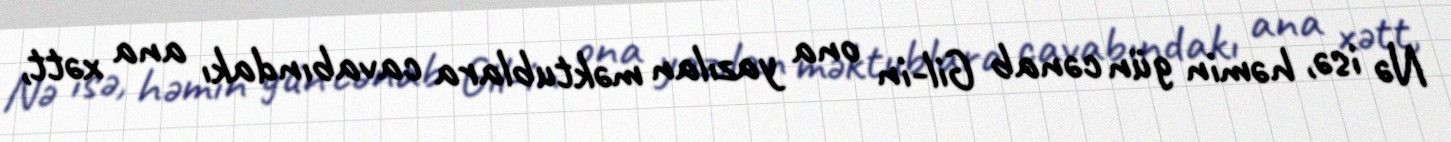
Nə isə, həmin gün cənab Gil-in ona yazılan məktublara cavabındakı ana xətt,